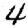
Digit: 4